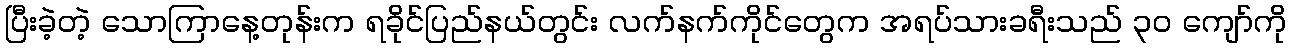
ပြီးခဲ့တဲ့ သောကြာနေ့တုန်းက ရခိုင်ပြည်နယ်တွင်း လက်နက်ကိုင်တွေက အရပ်သားခရီးသည် ၃၀ ကျော်ကို